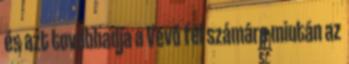
és azt továbbadja a Vevő fél számára miután az